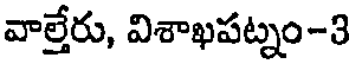
వాల్తేరు, విశాఖపట్నం-3